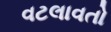
વટલાવતો